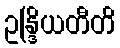
ဥန္ဒြိယတီတိ